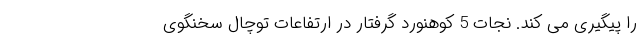
را پیگیری می کند. نجات 5 کوهنورد گرفتار در ارتفاعات توچال سخنگوی